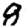
Digit: 8